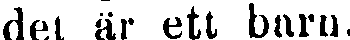
det är ett barn.